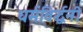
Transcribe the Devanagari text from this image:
धर्मविर्द्धनी